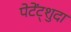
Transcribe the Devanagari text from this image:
पेटेंट्शुदा